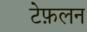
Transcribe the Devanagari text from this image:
टेफ़लन